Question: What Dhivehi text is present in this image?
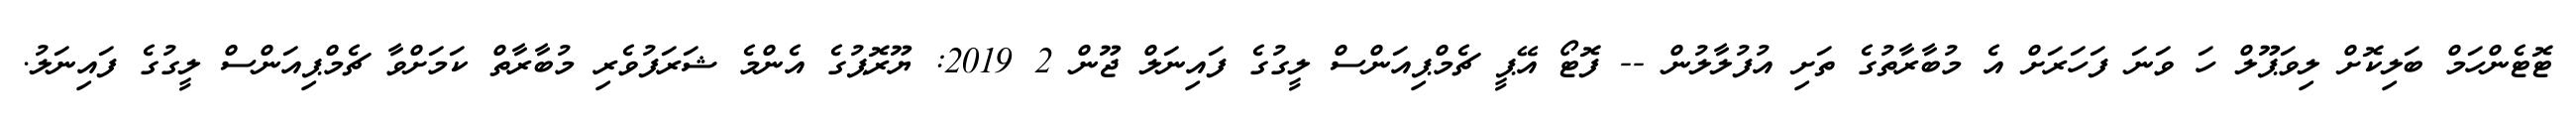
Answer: ޓޮޓެންހަމް ބަލިކޮށް ލިވަޕޫލް ހަ ވަނަ ފަހަރަށް އެ މުބާރާތުގެ ތަށި އުފުލާލުން -- ފޮޓޯ އޭޕީ ޗެމްޕިއަންސް ލީގުގެ ފައިނަލް ޖޫން 2 2019: ޔޫރޮޕުގެ އެންމެ ޝަރަފުވެރި މުބާރާތް ކަމަށްވާ ޗެމްޕިއަންސް ލީގުގެ ފައިނަލު.